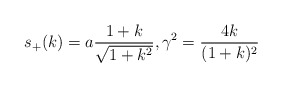
\begin{align*}s_+(k) = a \frac{1+k}{\sqrt{1+k^2}}, \gamma^2 = \frac{4k}{(1+k)^2}\end{align*}